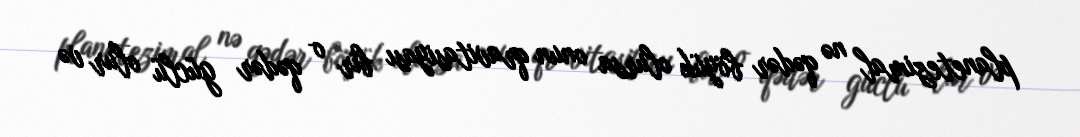
planetezimal nə qədər böyük olursa onun qravitasiyası bir o qədər güclü olur və